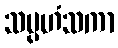
သမ္ပဟံသကာ